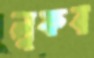
লুফব